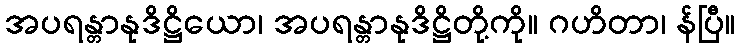
အပရန္တာနုဒိဋ္ဌိယော၊ အပရန္တာနုဒိဋ္ဌိတို့ကို။ ဂဟိတာ၊ န်ပြီ။